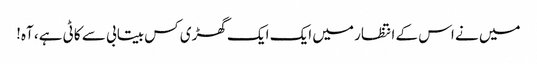
میں نے اس کے انتظار میں ایک ایک گھڑی کس بیتابی سے کاٹی ہے، آہ!